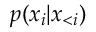
p ( x _ { i } | \boldsymbol x _ { < i } )